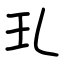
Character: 玌